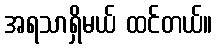
အရသာရှိမယ် ထင်တယ်။